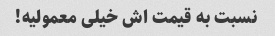
نسبت به قیمت اش خیلی معمولیه!